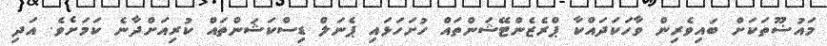
މައުޟޫތަކަށް ބައިވެރިން ވާހަކަދައްކާ ޕްރެޒެންޓޭޝަންތައް ހުށަހަޅައި ޕެނަލް ޑިސްކަޝަންތައް ކުރިއަށްދާނެ ކަމަށެވެ. އަދި